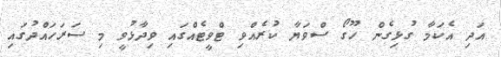
އަދި އެކަމާ ގުޅިގެން ހޫގޯ ސްވަޔާ ކުރެއްވި ޓްވީޓެއްގައި ވިދާޅުވީ މި ސަރަހައްދުގައި